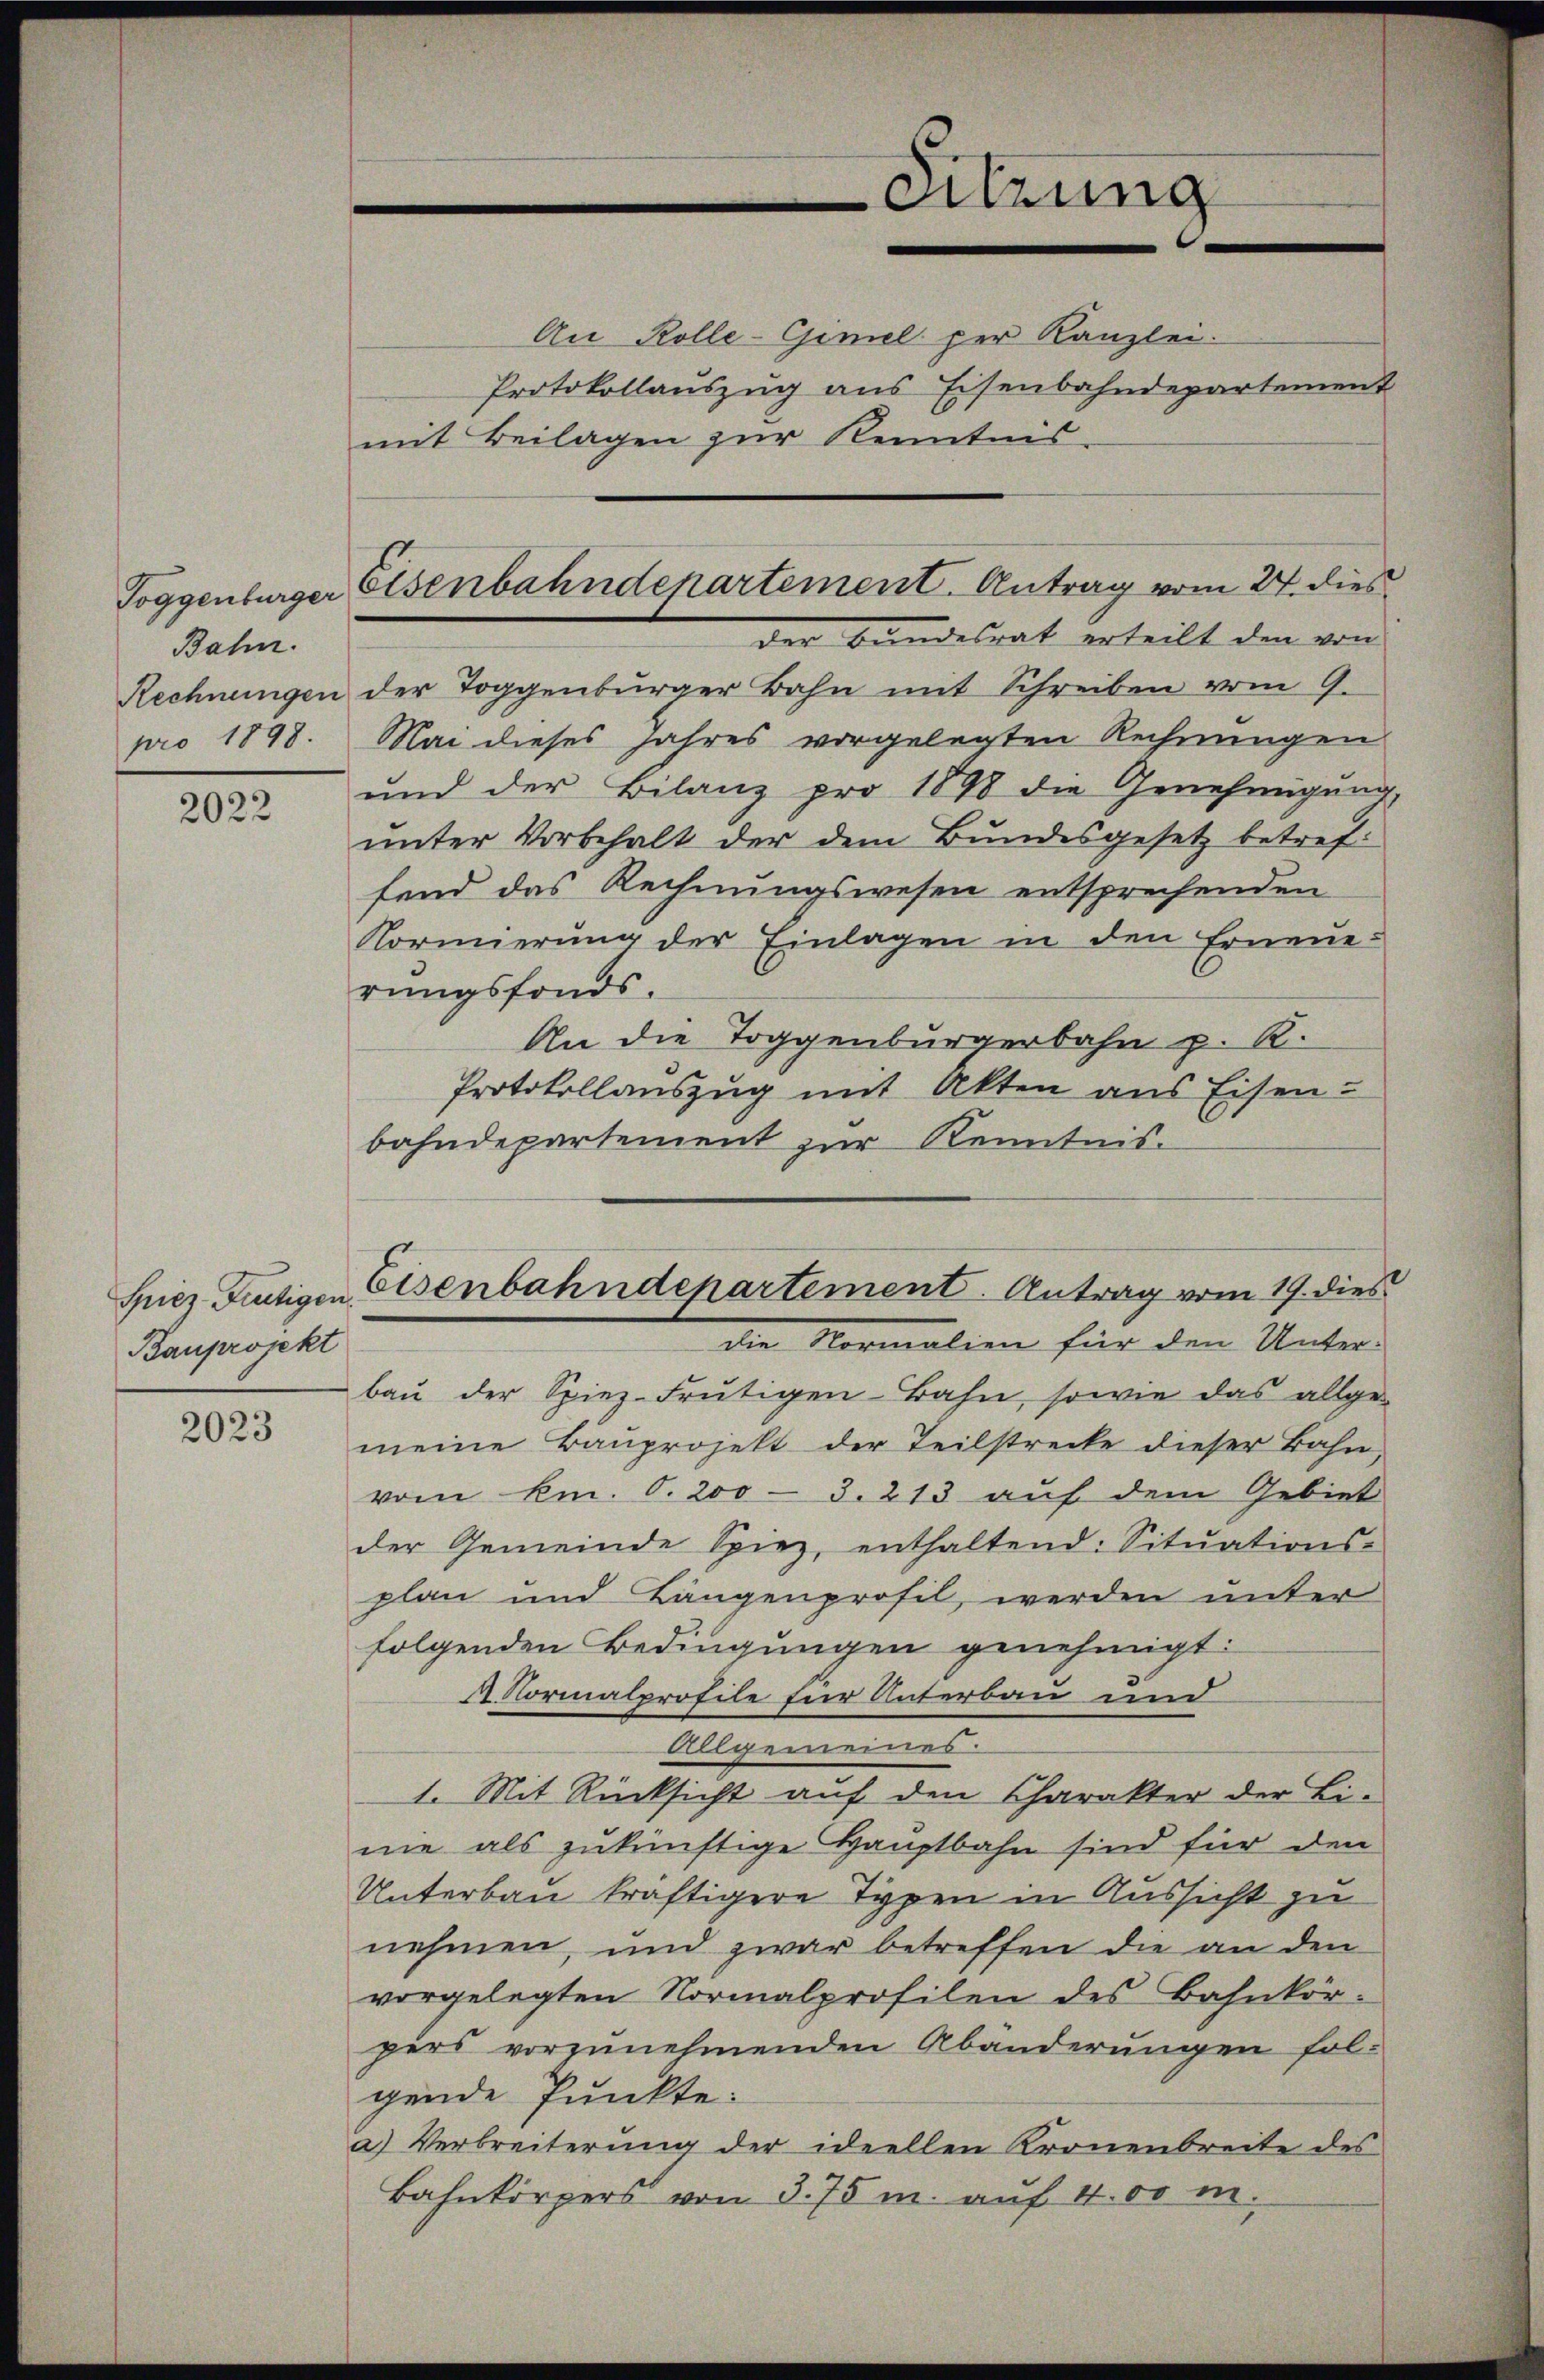
Bahn.
pro 1898.

2022

Bauprojekt

2023

Toggenburger Eisenbahndepartement. Antrag vom 24. dies
der Bundesrat erteilt den von

Sitzung

An Rolle-Gimel per Kanzlei.
Protokollauszug aus Eisenbahndepartement
mit Beilagen zur Kenntnis-
Rechnungen der Toggenbürger Bahn mit Schreiben vom 9.
Nai dieses Jahres vorgelegten Rechnungen
und der Bilanz pro 1898 die Genehmigung,
unter Vorbehalt der dem Bundesgesetz betref-
fend das Rechnungswesen entsprechenden
Kormierung der Einlagen in den Erneuerungsfonds.
An die Toggenburgerbahn p. R.
Protokollauszug mit Akten aus Eisen-
bahndepartement zur Kenntnis¬
Siez Frutigen Eisenbahndepartement. Antrag vom 19. dies
die Normalien für den Unter-
baŭ der Spiez-Frutigen-Bahn, sowie das allgemeine Bauprojekt der Teilstrecke dieser Bahn
vom km. S. 200 - 3. 213 auf dem Gebiet
der Gemeinde Spiez, enthaltend: Sitŭations-
plan und Längenprofil, werden unter
folgenden Bedingungen genehmigt:
4 Normalprofile für Unterbau und
Allgemeines.
1. Mit Rücksicht auf den Charakter der Li-
nie als zukünftige Hauptbahn sind für den
Unterbau kräftigere Typen in Aussicht zu
nehmen, und zwar betreffen die an den
vorgelegten Normalprofilen des Bahnkör-
pers vorzunehmenden Abänderungen fol-
gende Punkte:
a) Verbreiterung der ideellen Kronenbreite des
Bahnkörpers von 375 m. auf 400 m.